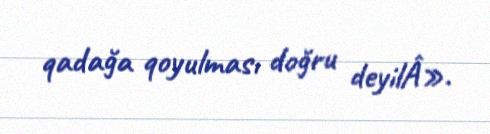
qadağa qoyulması doğru deyilÂ».